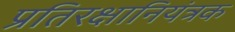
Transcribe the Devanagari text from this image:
प्रतिरक्षानियंत्रक